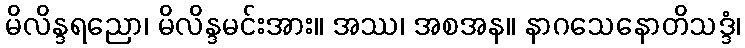
မိလိန္ဒရညော၊ မိလိန္ဒမင်းအား။ အဿ၊ အစအန။ နာဂသေနောတိသဒ္ဒံ၊